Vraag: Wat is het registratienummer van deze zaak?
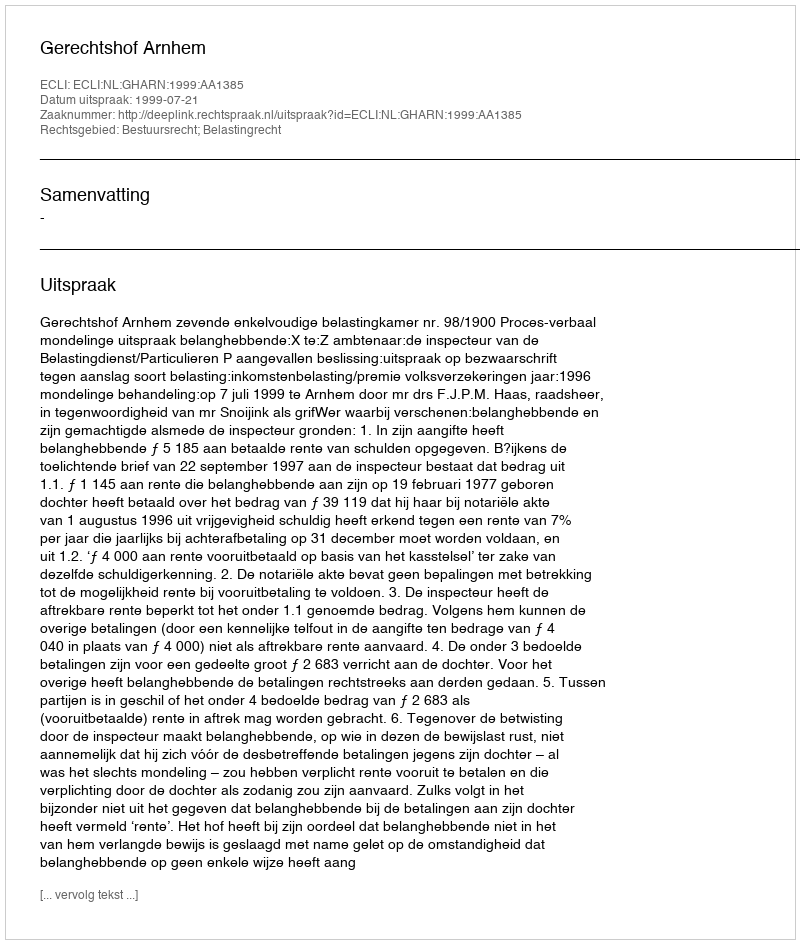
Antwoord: http://deeplink.rechtspraak.nl/uitspraak?id=ECLI:NL:GHARN:1999:AA1385